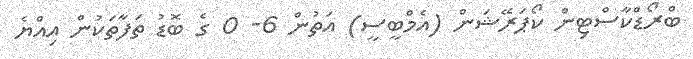
ބްރޯޑްކާސްޓިން ކޯޕަރޭޝަން (އެމްބީސީ) އަތުން 6- 0 ގެ ބޮޑު ތަފާތަކުން އިއްޔެ